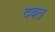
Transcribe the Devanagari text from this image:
दबत